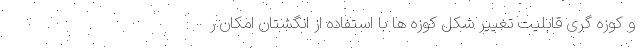
و کوزه گری قابلیت تغییر شکل کوزه ها با استفاده از انگشتان امکان ر